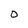
Character: 0